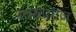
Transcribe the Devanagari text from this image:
स्वरूपगंज